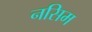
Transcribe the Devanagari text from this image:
नसिम